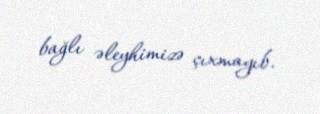
bağlı əleyhimizə çıxmayıb.